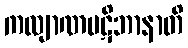
ကလျာဏပဋိဘာနာတိ